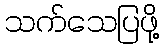
သက်သေပြဖို့